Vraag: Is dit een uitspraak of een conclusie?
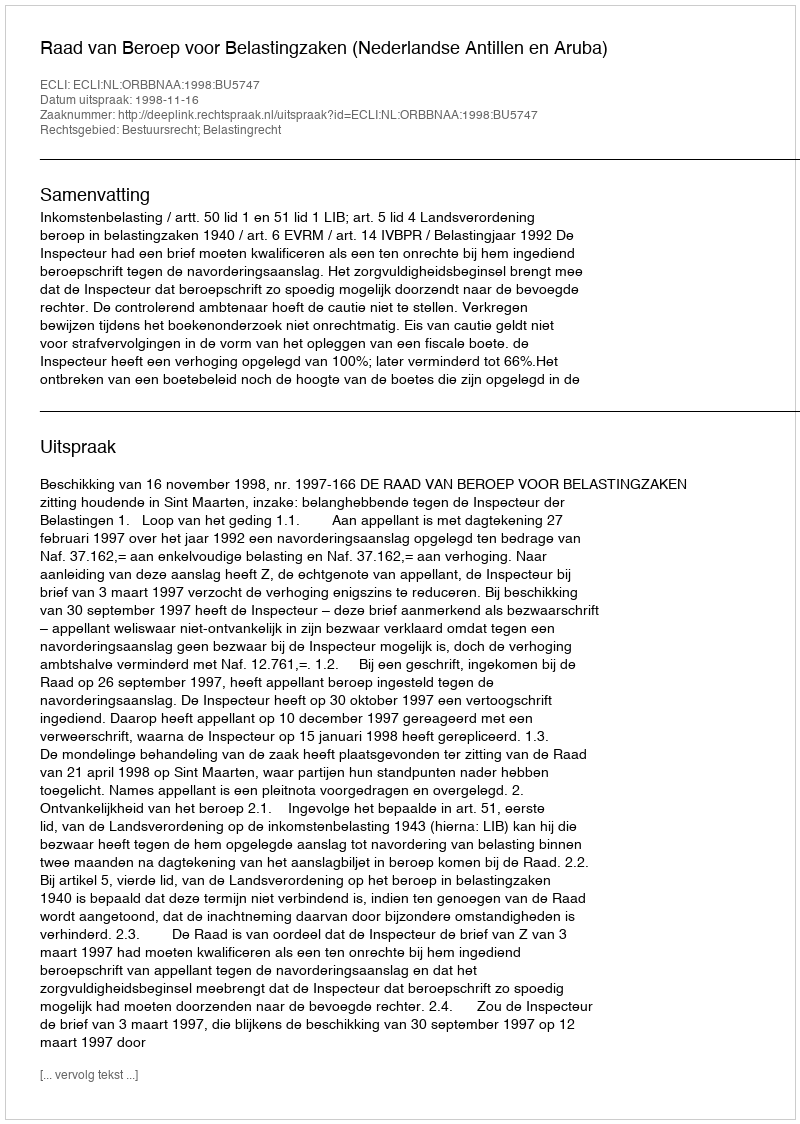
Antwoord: Uitspraak